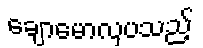
ချောမောလှပသည့်